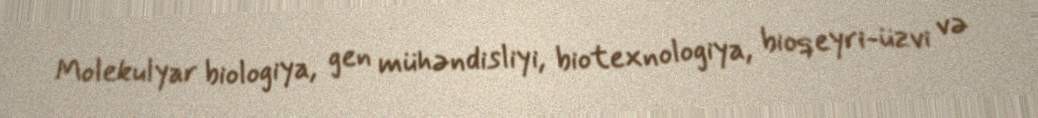
Molekulyar biologiya, gen mühəndisliyi, biotexnologiya, bioqeyri-üzvi və